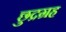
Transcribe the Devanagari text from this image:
छुद्रग्रह